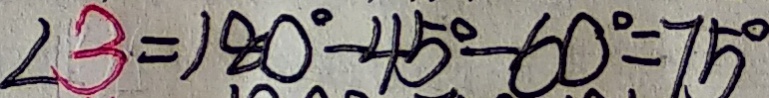
\angle 3 = 1 8 0 ^ { \circ } - 4 5 ^ { \circ } - 6 0 ^ { \circ } = 7 5 ^ { \circ }